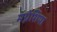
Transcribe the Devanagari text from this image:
मॅग्नेशिया